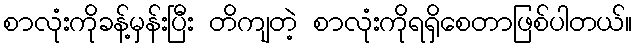
စာလုံးကိုခန့်မှန်းပြီး တိကျတဲ့ စာလုံးကိုရရှိစေတာဖြစ်ပါတယ်။